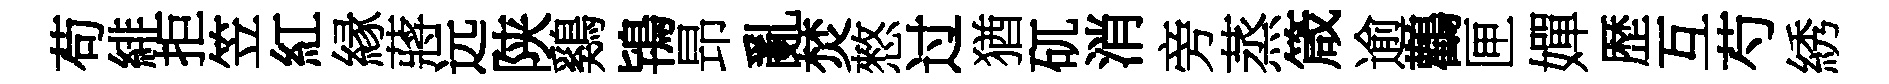
苟緋拒笠紅縁蔣远陕鷄鴇昻亂焚憗过猶矹消旁蒸箴逾鸛匣嬋歴互芍綉